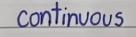
Continuous